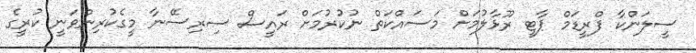
ސީލަންކާ ފްރީޑަމް ޕާޓީ ރޫޅާލުމަށް މަސައްކަތް ނުކުރުމަށް ރައީސް ސިރިސޭނާ މީގެކުރިންވަނީ ކުރީގެ